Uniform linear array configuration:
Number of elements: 8
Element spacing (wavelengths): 1
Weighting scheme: uniform
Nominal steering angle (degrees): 15
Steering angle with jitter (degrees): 16.476
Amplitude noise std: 0.05
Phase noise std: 0.05

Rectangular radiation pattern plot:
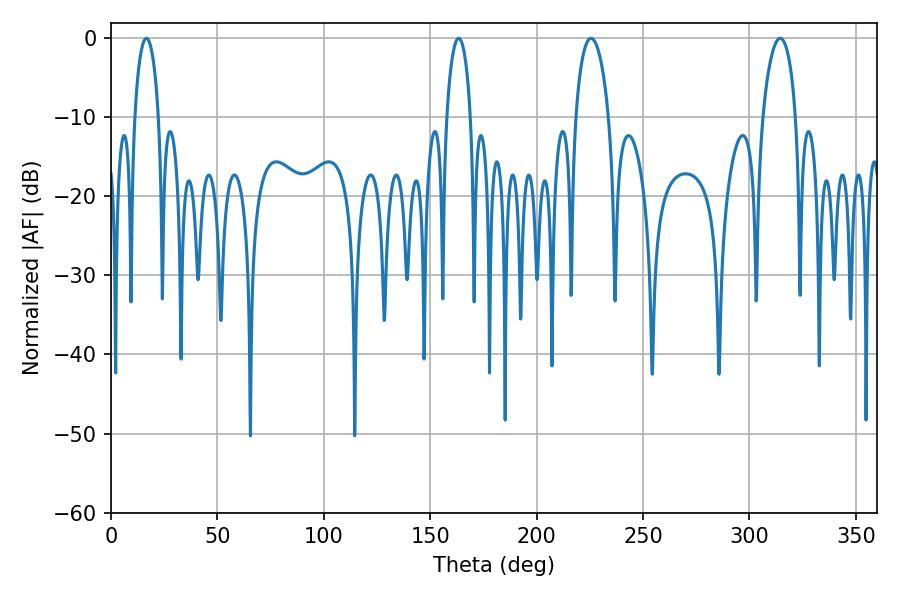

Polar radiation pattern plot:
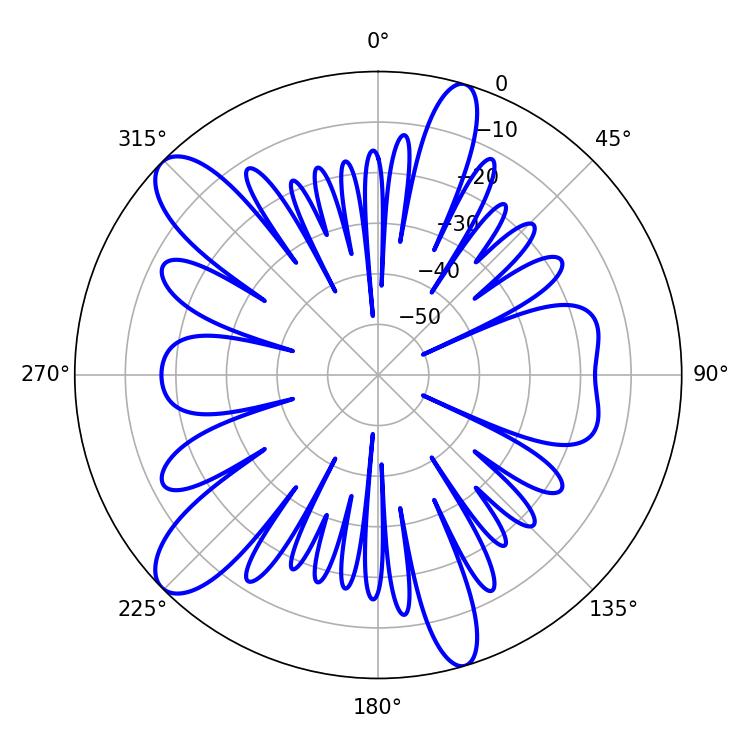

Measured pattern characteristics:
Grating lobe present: TRUE
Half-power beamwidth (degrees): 9
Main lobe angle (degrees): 225.54